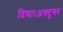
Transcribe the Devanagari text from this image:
दिया।अक्टूबर